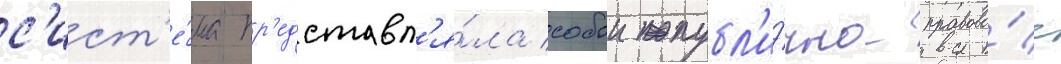
с'ист'е́ма пр'едставл'я́ла собои публ'и́чно-правово́е